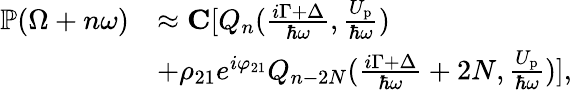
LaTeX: \begin{array}{rl}{\mathbb{P}(\Omega+n\omega)}&{\approx{\mathbf C}[Q_{n}(\frac{i\Gamma+\Delta}{\hbar\omega},\frac{U_{\mathrm{p}}}{\hbar\omega})}\\ &{+\rho_{21}e^{i\varphi_{21}}Q_{n-2N}(\frac{i\Gamma+\Delta}{\hbar\omega}+2N,\frac{U_{\mathrm{p}}}{\hbar\omega})],}\end{array}